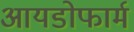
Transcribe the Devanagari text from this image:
आयडोफार्म